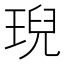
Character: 𤦤